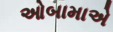
ઓબામાએ